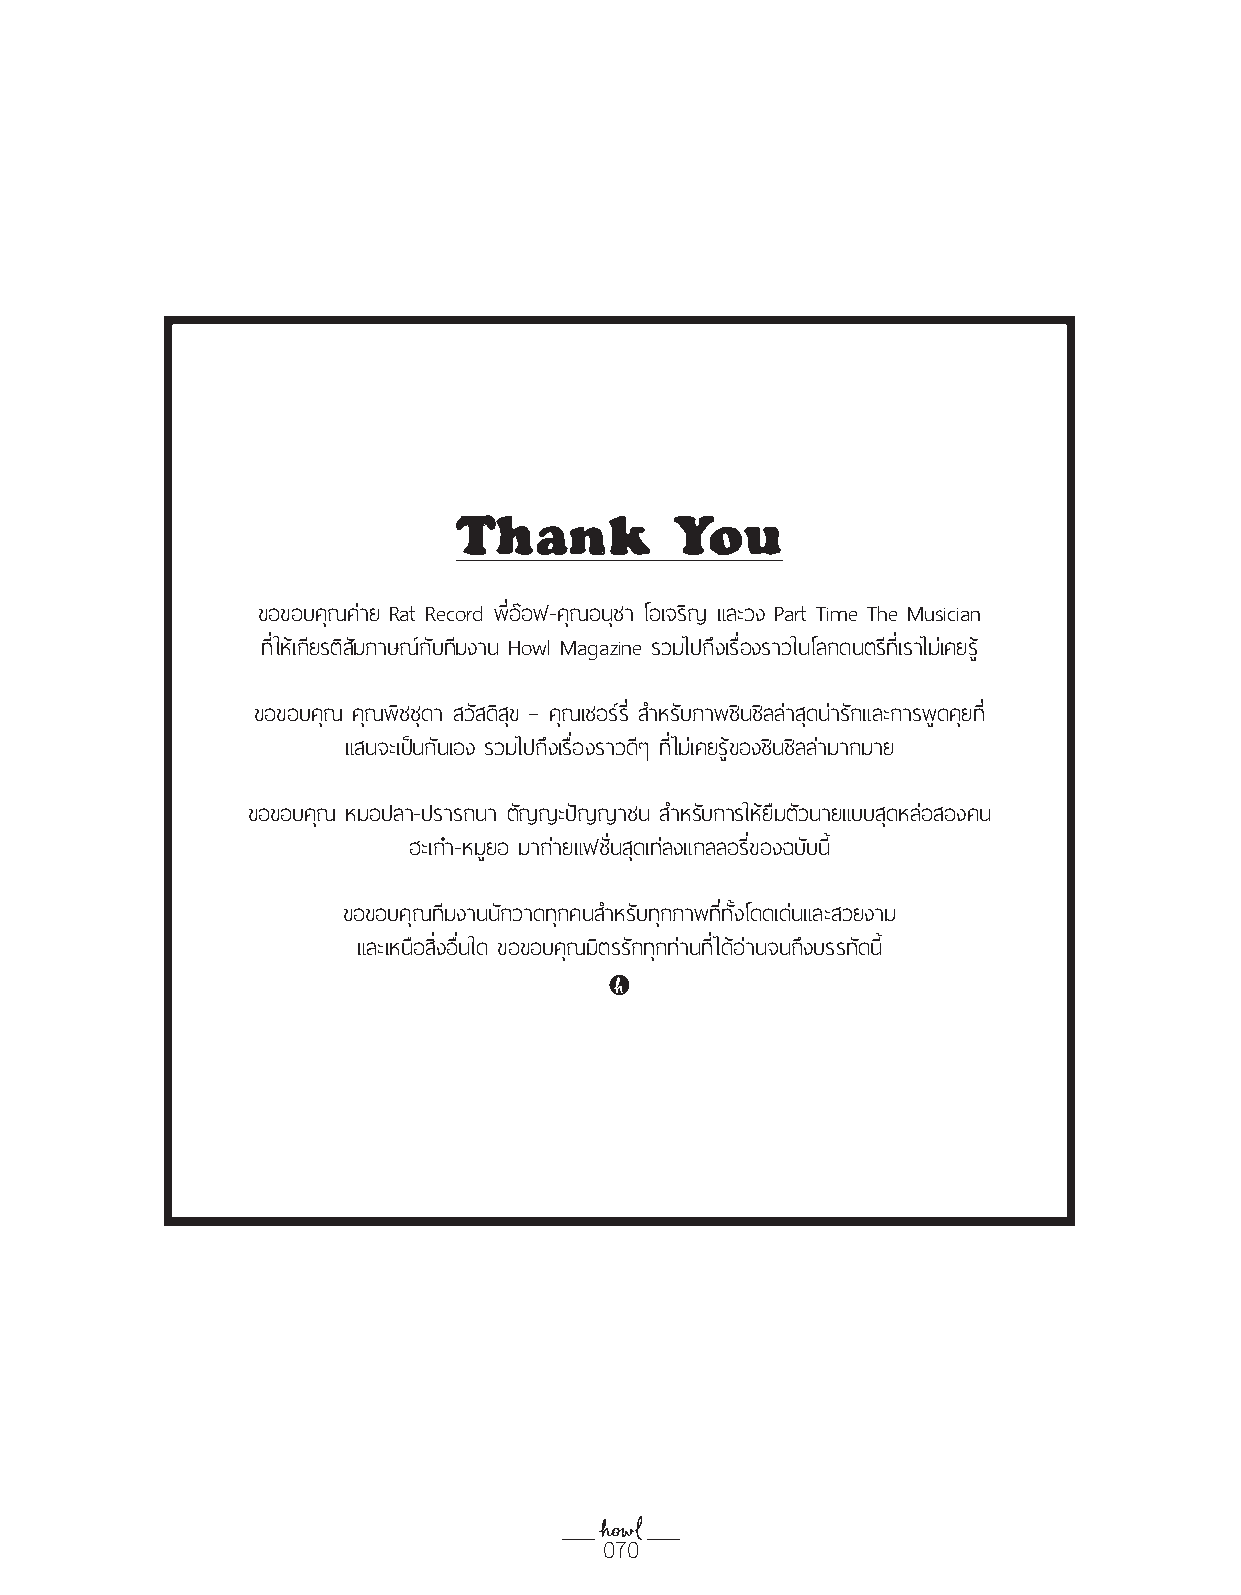
Thank          You
 ขอขอบคุณค่าย Rat Record พ่ีอ๊อฟ-คุณอนุชา โอเจริญ และวง Part Time The Musician
 ท่ใี ห้เกียรติสัมภาษณ์กับทีมงาน Howl Magazine รวมไปถึงเร่อื งราวในโลกดนตรีท่เีราไม่เคยรู้
 ขอขอบคุณ คุณพิชชุดา สวัสดิสุข – คุณเชอร์ร่ี ส�าหรับภาพชินชิลล่าสุดน่ารักและการพูดคุยท่ี
 แสนจะเปน็ กันเอง รวมไปถึงเร่อื งราวดีๆ ท่ไี ม่เคยรู้ของชินชิลล่ามากมาย
 ขอขอบคุณ หมอปลา-ปรารถนา ตัญญะปัญญาชน ส�าหรับการให้ยืมตัวนายแบบสุดหล่อสองคน
 ฮะเก๋า-หมูยอ มาถ่ายแฟช่ันสุดเท่ลงแกลลอร่ขี องฉบับนี้
 ขอขอบคุณทีมงานนักวาดทุกคนส�าหรับทุกภาพท่ีทงั้ โดดเด่นและสวยงาม
 และเหนือส่งิ อ่ืนใด ขอขอบคุณมิตรรักทุกท่านท่ีได้อ่านจนถึงบรรทัดนี้
 070